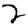
Digit: 2